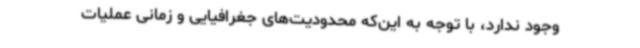
وجود ندارد، با توجه به این‌که محدودیت‌های جغرافیایی و زمانی عملیات